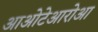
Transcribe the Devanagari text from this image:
आओटेआरोआ